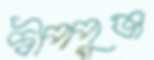
দ্বীপপুঞ্জ